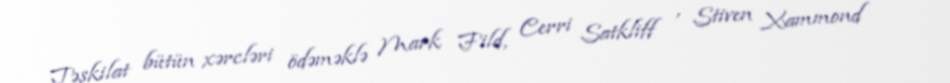
Təşkilat bütün xərcləri ödəməklə Mark Fild, Cerri Satkliff , Stiven Xammond